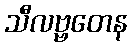
သီလဗ္ဗတေန